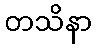
တသိနာ